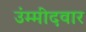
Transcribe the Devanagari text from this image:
उंम्मीदवार